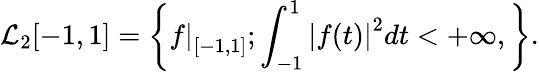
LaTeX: \mathcal{L}_{2}[-1,1]=\left\{ \left.f\right|_{[-1,1]};\int_{-1}^{1}\left\lvert f(t)\right\rvert^{2}dt<+\infty,\right\} .